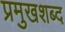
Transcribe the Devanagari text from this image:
प्रमुखशब्द